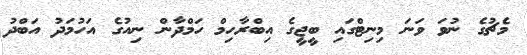
މެޗުގެ ނުވަ ވަނަ މިނިޓްގައި ބީޖީގެ އިބްރާހިމް ހަމްދާން ނިއުގެ އަހުމަދު އަބްދު